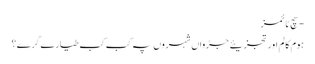
- سچ ٹائمز
ہوم کالم اور تجزیئے جڑواں شہروں پہ کب کب طیارے گرے؟